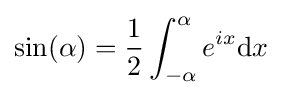
\sin(\alpha )={\frac {1}{2}}\int _{-\alpha }^{\alpha }e^{ix}\mathrm {d} x